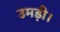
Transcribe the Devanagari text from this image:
उमड़ी।